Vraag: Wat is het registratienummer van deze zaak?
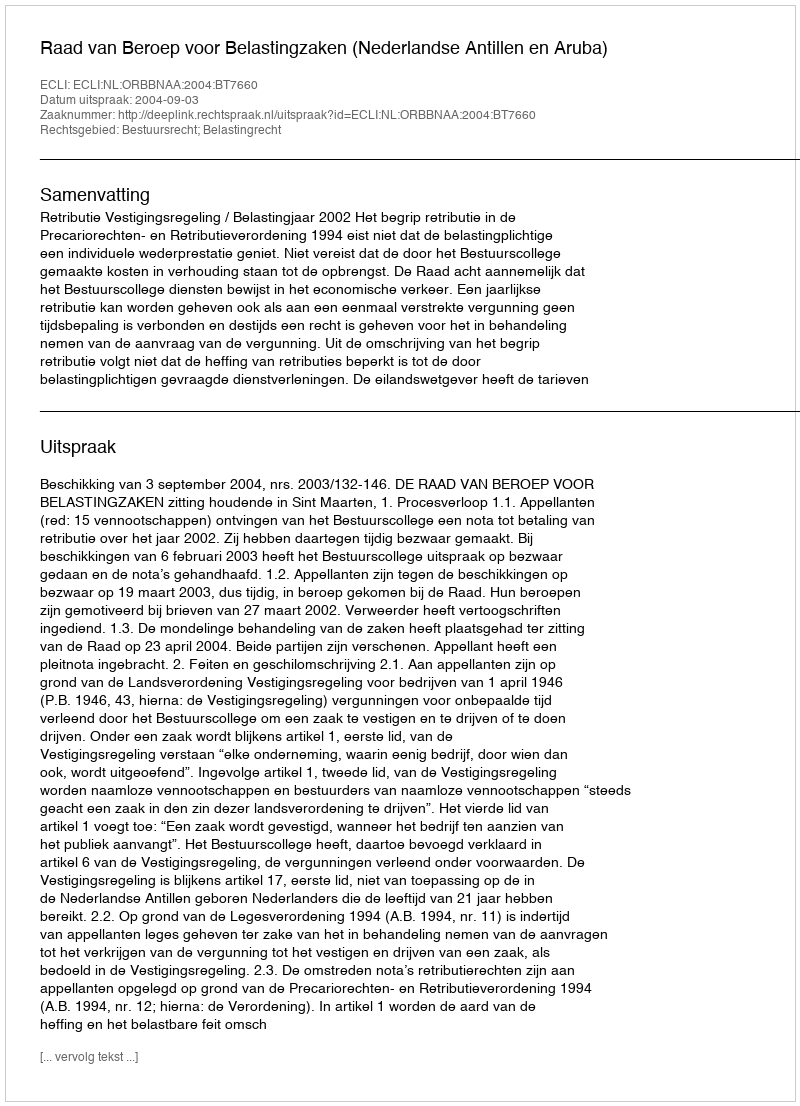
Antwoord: http://deeplink.rechtspraak.nl/uitspraak?id=ECLI:NL:ORBBNAA:2004:BT7660